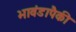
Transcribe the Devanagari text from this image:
भावंडापैकी